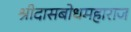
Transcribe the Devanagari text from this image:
श्रीदासबोधमहाराज